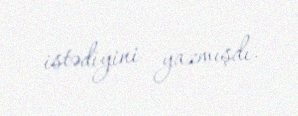
istədiyini yazmışdı.